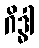
ဂိဒ္ဓါ